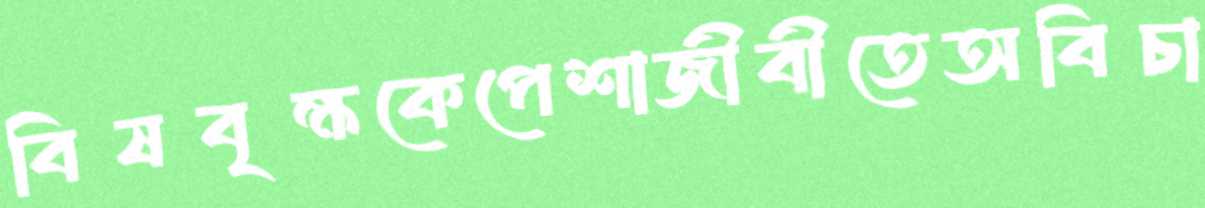
বিষবৃক্ষকেপেশাজীবীতেঅবিচা